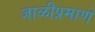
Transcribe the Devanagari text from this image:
जाळीप्रमाणे